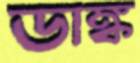
ডাঙ্ক